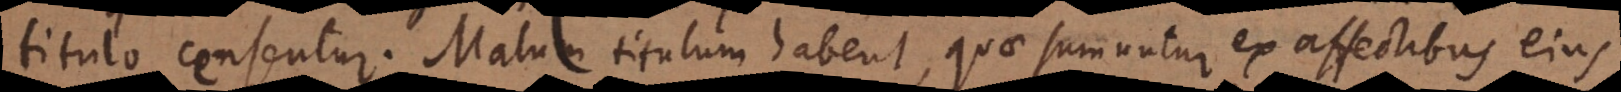
titulo censentur. Malum titulum habent, quae sumuntur ex affectibus ejus